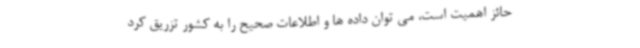
حائز اهمیت است، می توان داده ها و اطلاعات صحیح را به کشور تزریق کرد